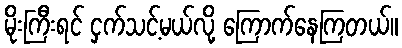
မိုးကြီးရင် ငှက်သင့်မယ်လို့ ကြောက်နေကြတယ်။